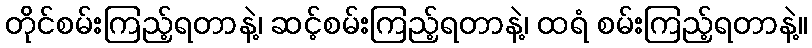
တိုင်စမ်းကြည့်ရတာနဲ့၊ ဆင့်စမ်းကြည့်ရတာနဲ့၊ ထရံ စမ်းကြည့်ရတာနဲ့။